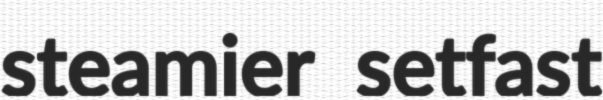
steamier setfast